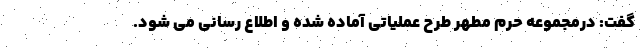
گفت: درمجموعه حرم مطهر طرح عملیاتی آماده شده و اطلاع رسانی می شود.